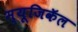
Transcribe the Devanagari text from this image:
म्यूजिकॅल